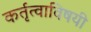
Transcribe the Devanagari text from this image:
कर्तृत्वाविषयी